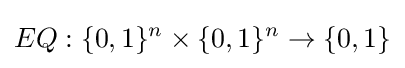
EQ:\{0,1\}^{n}\times \{0,1\}^{n}\rightarrow \{0,1\}